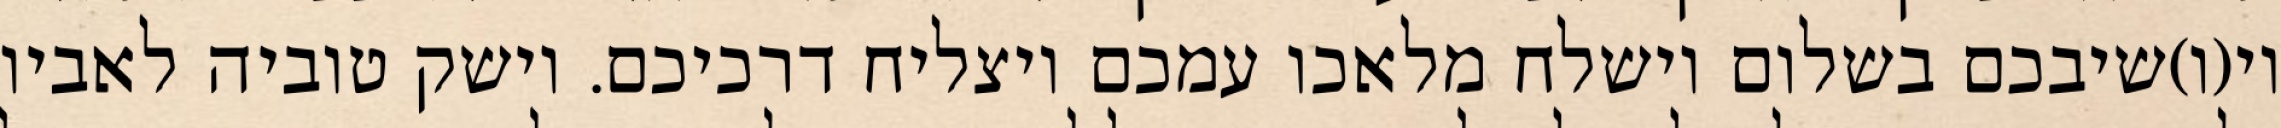
וי(ו)שיבכם בשלום וישלח מלאכו עמכם ויצליח דרכיכם. וישק טוביה לאביו